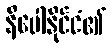
နီပေါနိုင်ငံ၏